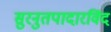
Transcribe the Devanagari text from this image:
सुरनुतपादारविंद